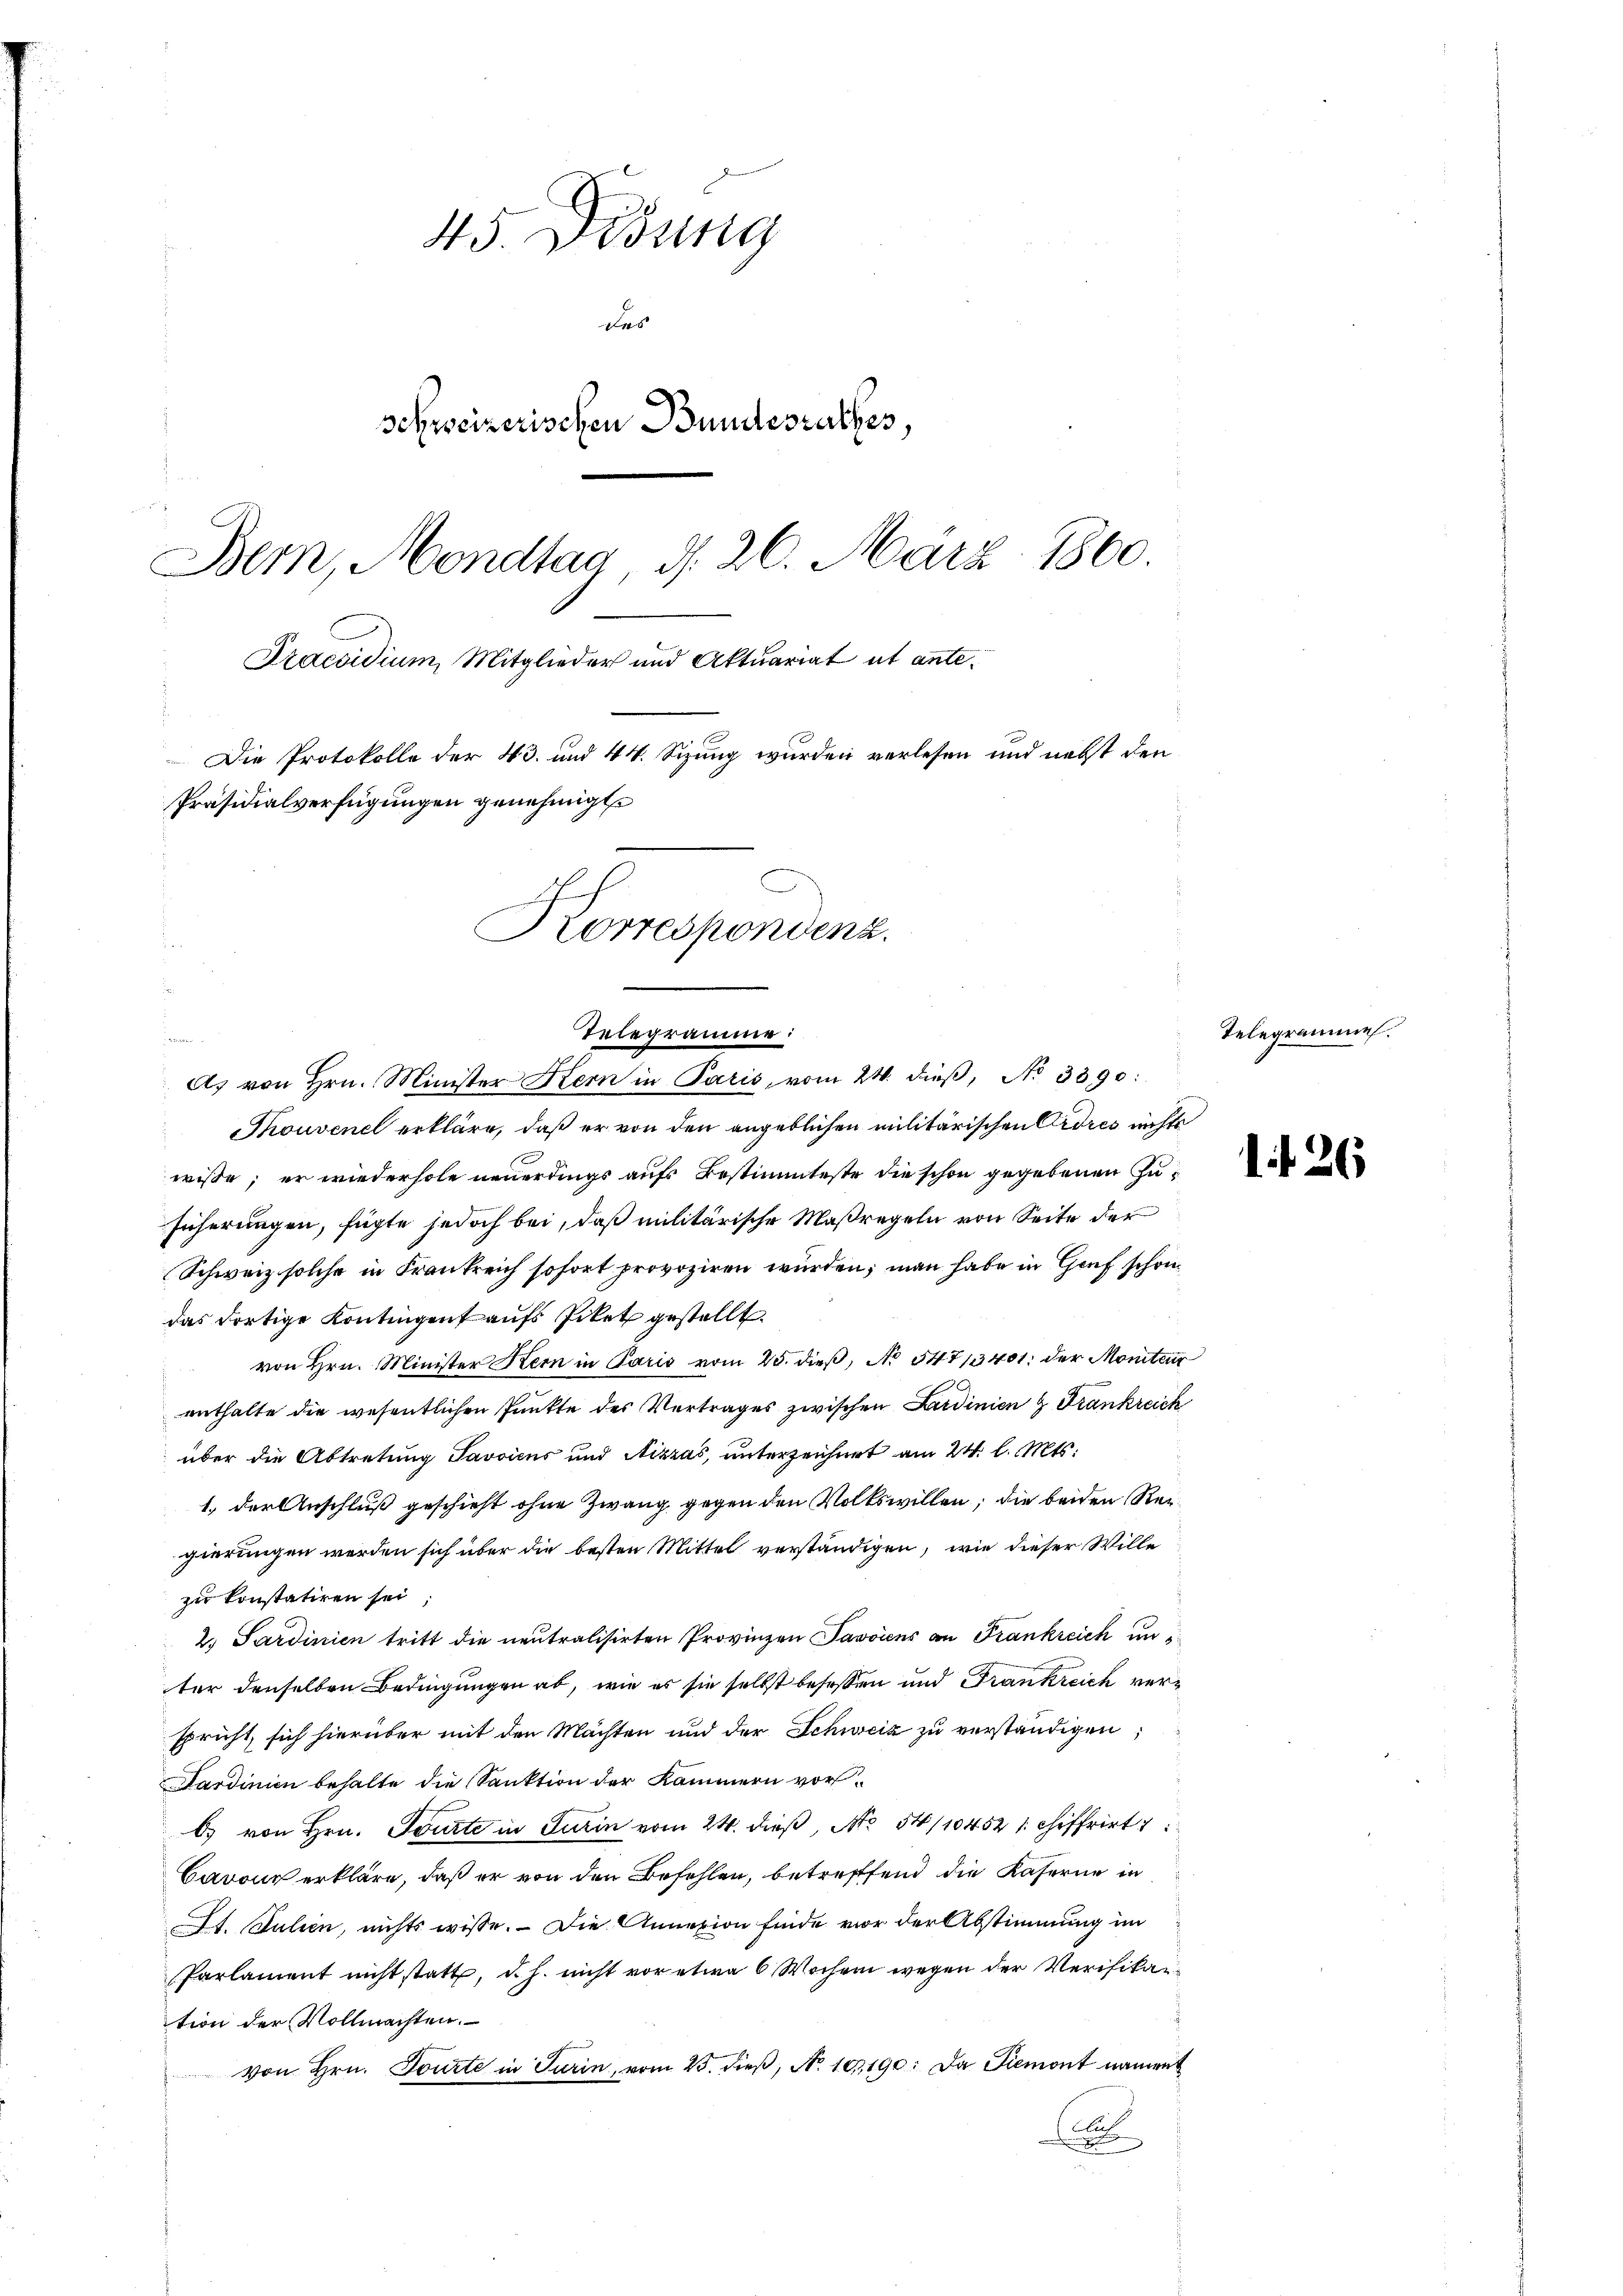
45 Didung
Da
schweizerischen Bundesrathes,
8
Bern, Mondtag d. 26. März 1860.
Praesidium, Mitglieder und Aktuariat ut ante¬
Die Protokolle der 43. und 44. Sizung wurden verlesen und nebst den
Präsidialverfügungen genehmigt.
Korrespondenz.

Telegramme:
A. von Hrn. Minister Kern in Paris vom 24. dieβ, No 3390:

Thouvenel erkläre, daß er von den angeblichen militärischen Ordres nichte
wisse; er wiederhole neuerdings aufs Bestimmteste die schon gegebenen Zusicherungen, fügte jedoch bei, daß militärische Maßregeln von Seite der
Schweiz solche in Frankreich sofort provoziren würden; man habe in Genf schon
das dortige Kontingen aufs Ecket gestellt
 von Hrn. Minister Stern in Paris vom 25. dieß, No 547/3401: der Moniteur
enthalte die wesentlichen Punkte des Vertrages zwischen Ludinien & Frankreich
über die Abtretung Savoiens und Nizzas, unterzeichnet am 24. l. Mts.
1. der Anschluß geschieht ohne Zwang gegen den Volkswillen; die beiden Regierungen werden sich über die besten Mittel verständigen, wie dieser Wille
zu konstatiren sei.
2. Sardinien tritt die neutralisirten Provinzen Savoicus an Frankreich un
ter denselben Bedingungen ab, wie es sie selbst besassen und Frankreich verspricht, sich hierüber mit den Machten und der Schweiz zu verständigen;
Sardinien behalte die Sanktion der Kammern vor¬
C von Hrn. Tourte in Turin vom 24. dieß, No 54/10452 schiffrirt
Cavon erkläre, daß er von den Befehlen, betreffend die Kaserne in
Lt. Julien, nichts wisse. – Die Annexion finde vor der Abstimmung im
Parlament nicht statt, d. h. nicht vor etwa 6 Wochen wegen der Verifikaition der Vollmachten.
von Hrn. Tourte in Turin, vom 23. dieβ, No. 10,190: Da Piemont nament
C

Telegrammen.

1t 26